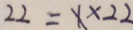
2 2 = X \times 2 2